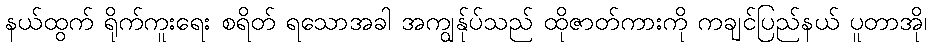
နယ်ထွက် ရိုက်ကူးရေး စရိတ် ရသောအခါ အကျွန်ုပ်သည် ထိုဇာတ်ကားကို ကချင်ပြည်နယ် ပူတာအို၊